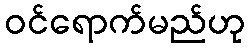
ဝင်ရောက်မည်ဟု